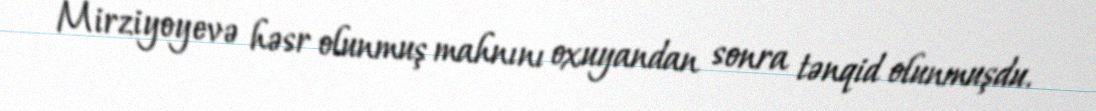
Mirziyoyevə həsr olunmuş mahnını oxuyandan sonra tənqid olunmuşdu.